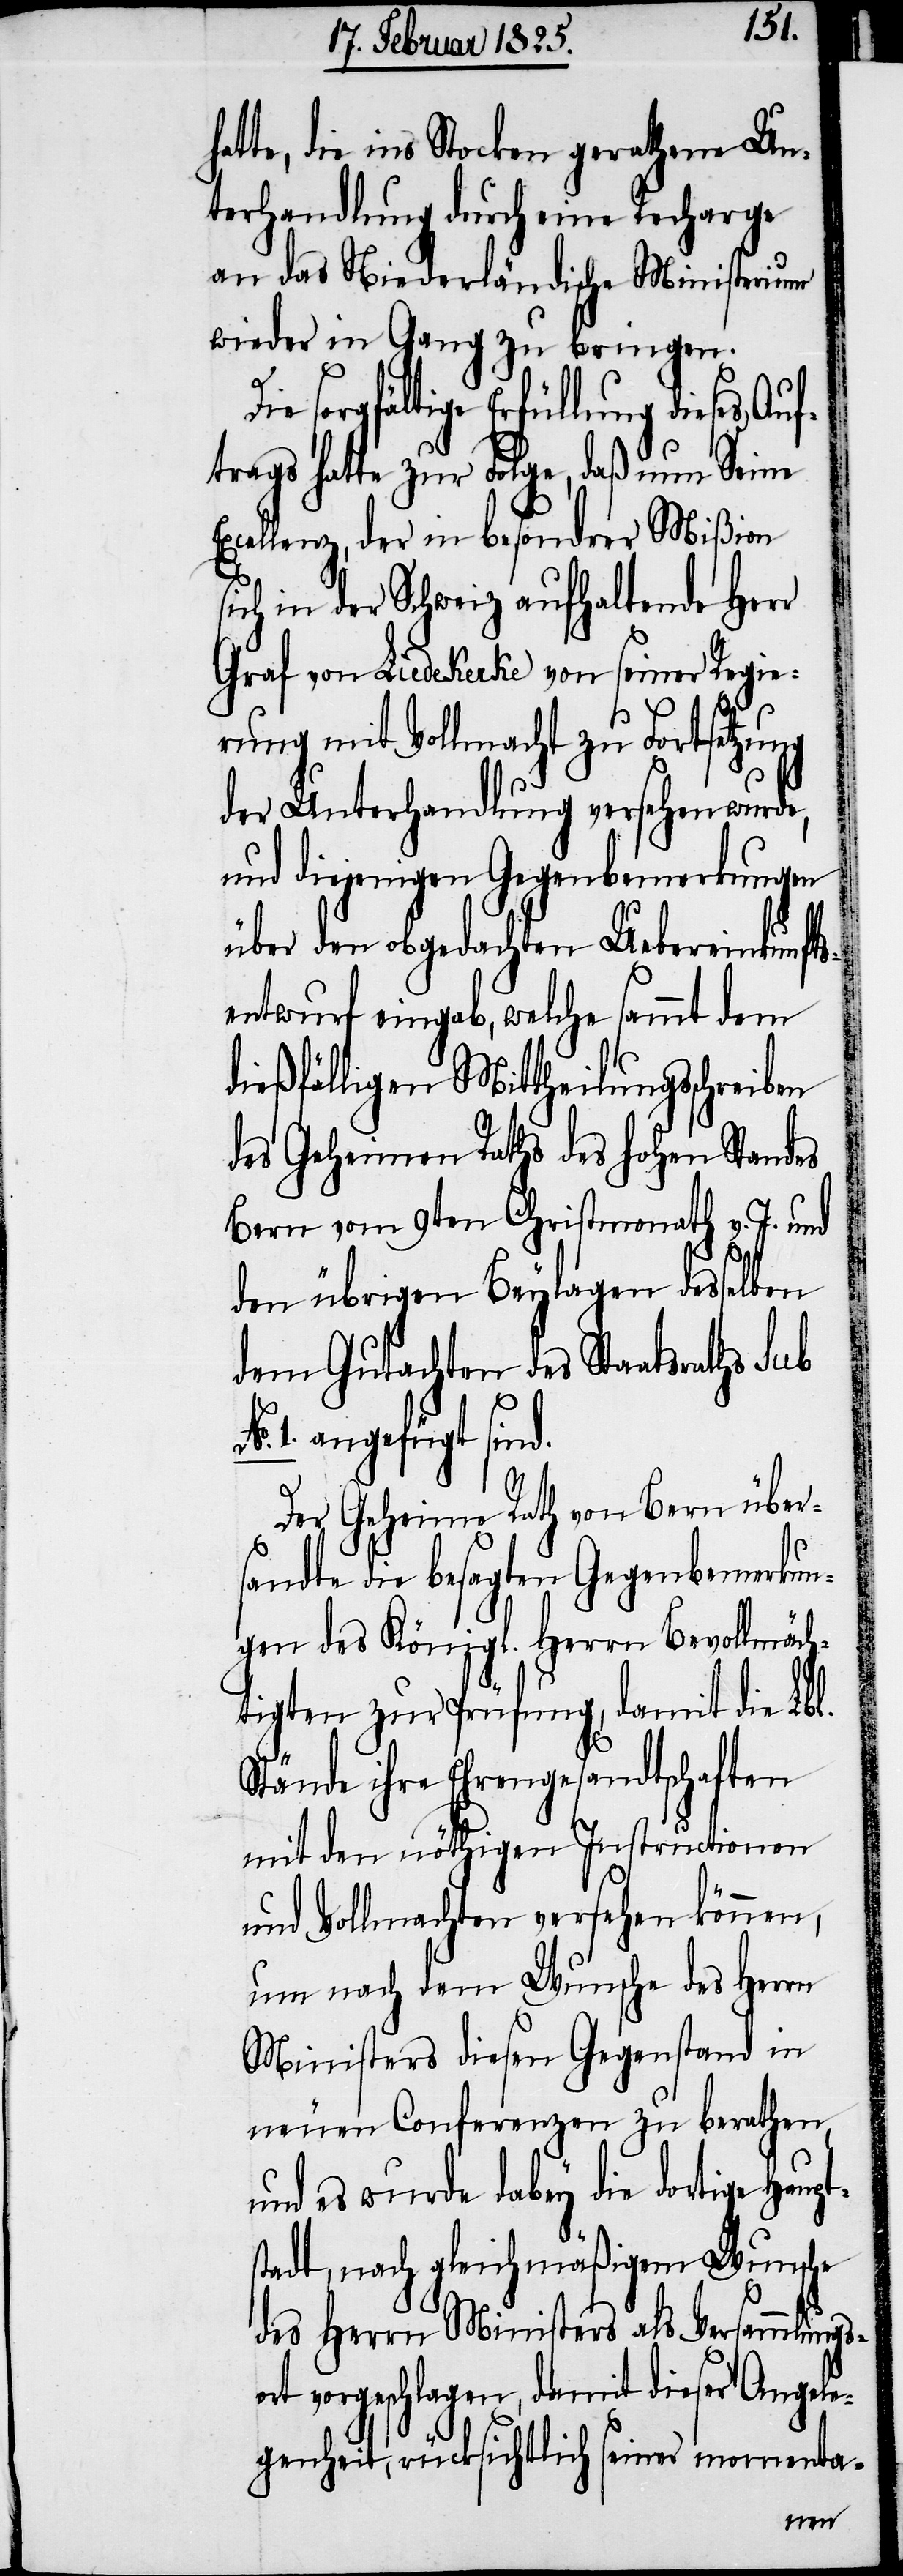
t¬
hatte, die ins Stocken gerathene Un¬
terhandlung durch eine Recharge
an das Niederländische Ministerium
wieder in Gang zu bringen.
sorgfältige Erfüllung dieses Au¬
ftrags hatte zur Folge, daß nun Seine
Excellenz, der in besondrer Mißion
sich in der Schweiz aufhaltende Herr
Graf von Liedekerke von seiner Regie¬
rung mit Vollmacht zu Fortsetzung
der Unterhandlung versehen wurde,
und diejenigen Gegenbemerkungen
über den obgedachten Uebereinkunfts¬
entwurf eingab, welche sammt dem
dießfälligen Mittheilungsschreiben
des Geheimen Raths des hohen Standes
Bern vom 9ten Christmonath v. J. und
den übrigen Beylagen desselben
dem Gutachten des Staatsraths sub
1. angefügt sind.
Der Geheime Rath von Bern über¬
sandte die besagten Gegenbemerkun¬
gen des Königl. Herrn Bevollmäch¬
tigten zur Prüfung, damit die Lbl.
Stände ihre Ehrengesandtschaften
mit den nöthigen Instructionen
und Vollmachten versehen können,
um nach dem Wunsche des Herrn
Ministers diesen Gegenstand in
neuen Conferenzen zu berathen,
und es wurde dabey die dortige Haup¬
stadt, nach gleichmäßigem Wunsche
des Herrn Ministers als Versammlungs¬
ort vorgeschlagen, damit dieser Angele¬
genheit, rücksichtlich seiner momenta-